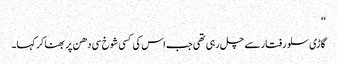
‘‘
گاڑی سلو رفتار سے چل رہی تھی جب اس کی کسی شوخ سی دھن پر بھنا کر کہا۔